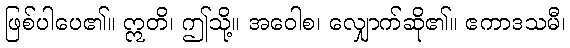
ဖြစ်ပါပေ၏။ ဣတိ၊ ဤသို့။ အဝေါစ၊ လျှောက်ဆို၏။ ဧကာဒသမီ၊